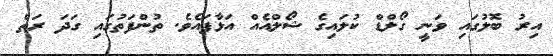
އިރު ބޮލުގައި ވަނީ ގޯލްޑް ކުލައިގެ ޝޯލްއެއް އަޅާފައެވެ. ތުންފަތުގައި ގަދަ ރަތް